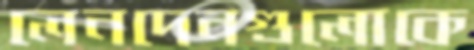
লেনদেনগুলোকে